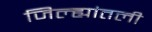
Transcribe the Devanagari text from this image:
जिल्ह्यांतली